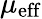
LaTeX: \mu_{\mathrm{eff}}